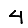
Digit: 4